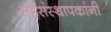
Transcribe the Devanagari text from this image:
सहसंस्थापकांनी